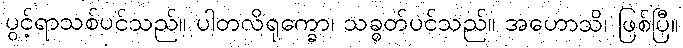
ပွင့်ရာသစ်ပင်သည်။ ပါတလိရုက္ခော၊ သခွတ်ပင်သည်။ အဟောသိ၊ ဖြစ်ပြီ။